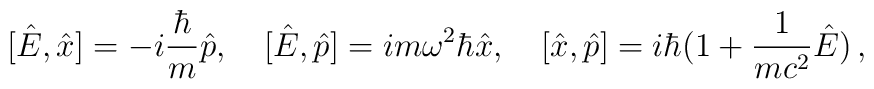
[\hat{E},\hat{x}]=-i\frac{\hbar}{m}\hat{p},\,\,\,\,\,\,[\hat{E},\hat{p}]=im\omega^{2}\hbar\hat{x},\,\,\,\,\,\,[\hat{x},\hat{p}]=i\hbar(1+\frac{1}{mc^{2}}\hat{E})\, ,